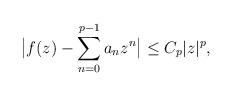
LaTeX: \begin{align*}\big|f(z)-\sum_{n=0}^{p-1} a_n z^n\big|\leq C_p|z|^p,\end{align*}